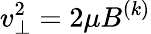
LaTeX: v_{\perp}^{2}=2\mu B^{(k)}